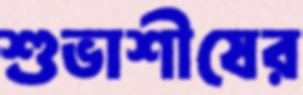
শুভাশীষের